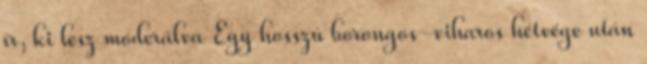
ír, ki lesz moderálva Egy hosszú borongos-viharos hétvége után